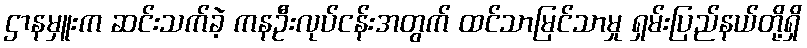
ဌာနမှူးက ဆင်းသက်ခဲ့ ကနဦးလုပ်ငန်းအတွက် ထင်သာမြင်သာမှု ရှမ်းပြည်နယ်တို့ရှိ